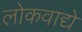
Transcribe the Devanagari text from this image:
लोकवाद्ये